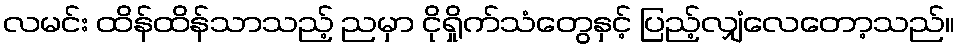
လမင်း ထိန်ထိန်သာသည့် ညမှာ ငိုရှိုက်သံတွေနှင့် ပြည့်လျှံလေတော့သည်။